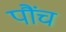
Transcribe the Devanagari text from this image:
पौंच